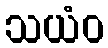
သယံဝ